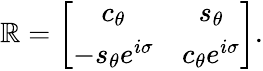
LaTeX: \mathbb{R}=\left[\begin{array}{cc}{{c_{\theta}}}&{{s_{\theta}}}\\ {{-s_{\theta}e^{i\sigma}}}&{{c_{\theta}e^{i\sigma}}}\end{array}\right].